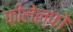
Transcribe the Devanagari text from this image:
फीलेल्फो